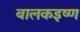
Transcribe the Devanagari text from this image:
बालकइष्ण